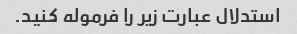
استدلال عبارت زیر را فرموله کنید.